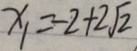
x _ { 1 } = - 2 + 2 \sqrt { 2 }